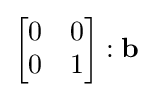
{\begin{bmatrix}0&0\\0&1\end{bmatrix}}:\mathbf {b}